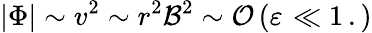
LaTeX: \left|\Phi\right|\sim v^{2}\sim r^{2}\mathcal{B}^{2}\sim\mathcal O\left(\varepsilon^{}\ll 1\, .\right)